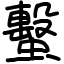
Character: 蟿